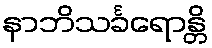
နာဘိသင်္ခရောန္တိ